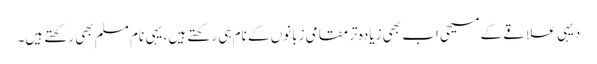
دیہی علاقے کے مسیحی اب بھی زیادہ تر مقامی زبانوں کے نام ہی رکھتے ہیں، یہی نام مسلم بھی رکھتے ہیں۔